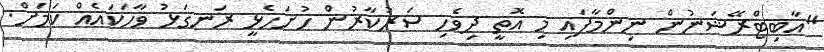
"އާބިޓްރޭޝަނުން ނިންމާފައި މި އޮތީ ދިވެހި ސަރުކާރުން ހުށަހެޅީ ރަނގަޅު ވާހަކައެއް ކަމަށް.